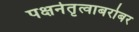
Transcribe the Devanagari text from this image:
पक्षनेतृत्वाबरोबर